Kuressaare_kinnistusamet, lk 8
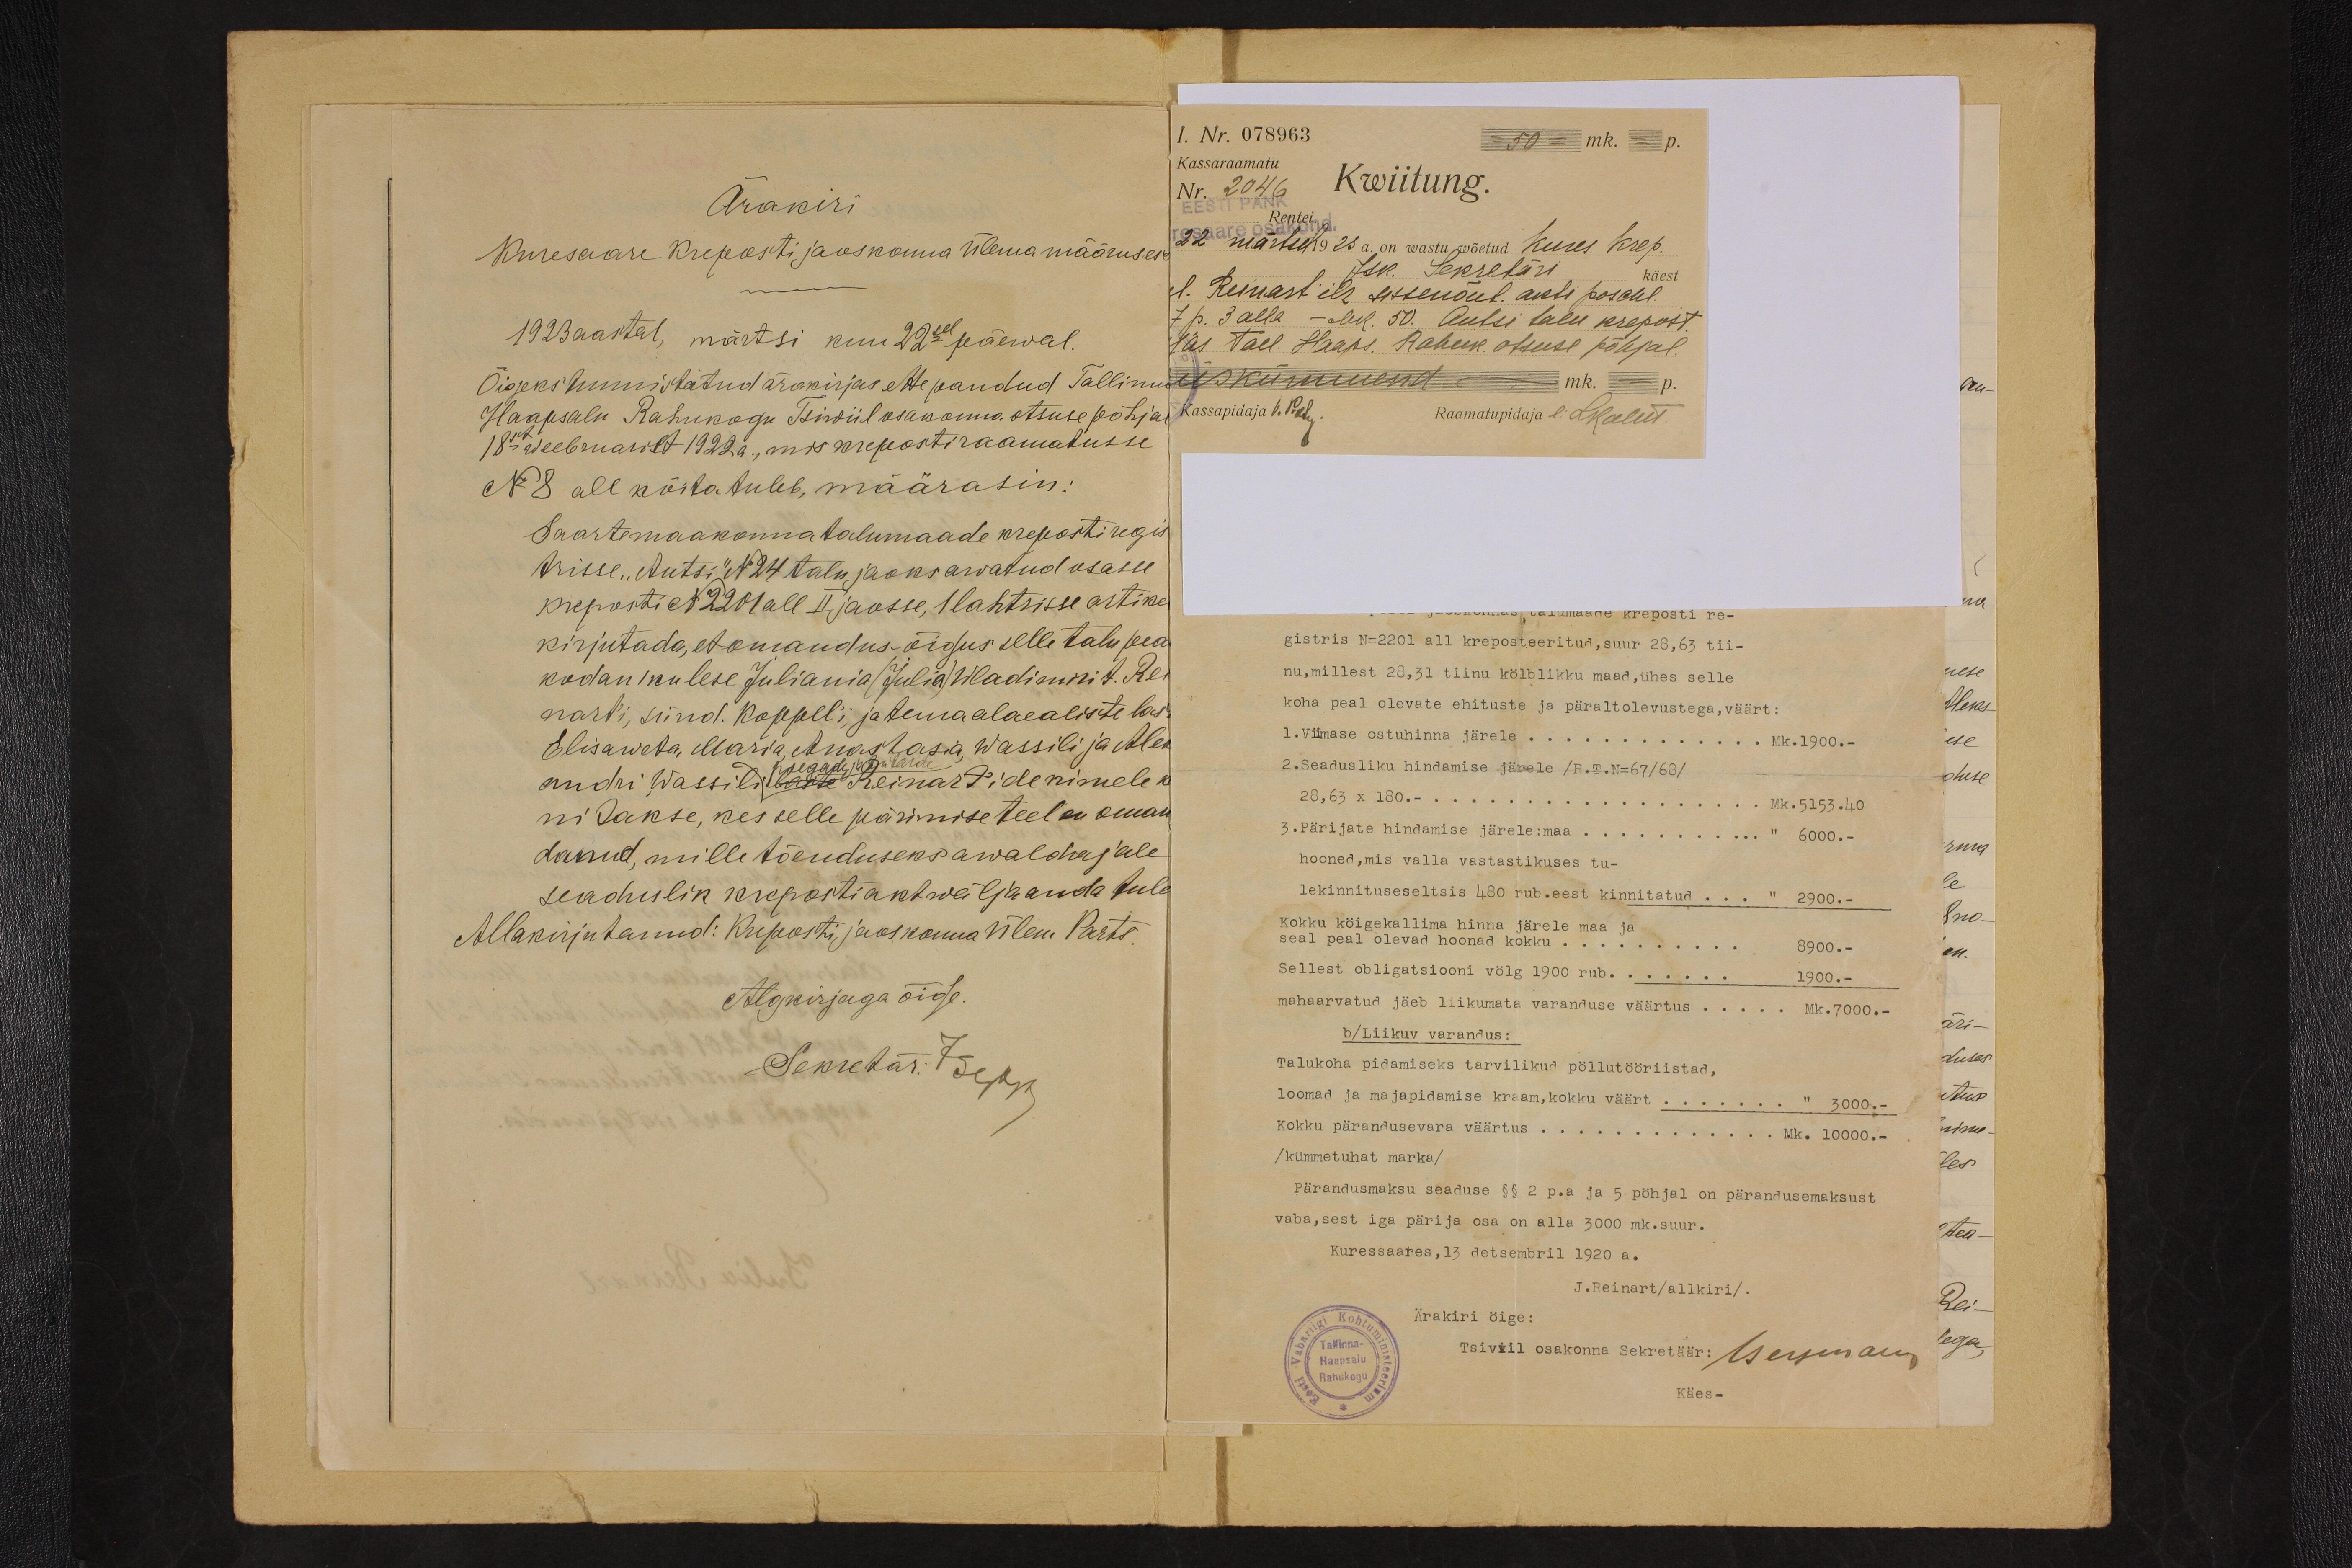
Ärakiri
Kuresaare Kreposti jaoskonna ülema määruses.
1923 aastal, märtsi kuu 22sel päewal.
Õigeks tunnistatud ärakirjas ettepandud Tallinna
Haapsalu Rahukogu Tsiviil osakonna otsuse põhjal
18mal weebruarilt 1922a, mis krepostiraamatusse
N8 all kõita tuleb, määrasin:
Saartemaakonna talumaade kreposti regis
trisse, "Antsi" N 24 talu jaoks arwatud osasse
kreposti N 2201 all II jaosse, 1 lahtrsisse artike
kirjutada, et omandus-õigus selle talu pea
kodaniku lese Juliania (Julia) Wladimiri t. Rei
narti, sünd. Koppel'i, ja tema alaealiste las-
Elisaweta, Maria, Anastasia Wassili ja Alek
andri, Wassili ka Reinartide nimele k
poegade ja tütarde
nidakse, kes selle pärimise teel on oman-
danud, mille tõenduseks awaldajale
seaduslik krepostiakt wäjaanda tule
Allakirjutanud: Kreposti, jaoskonna ülem Parts
Algkirjaga õige.
Sekretär: J Sерр.

I. Nr. 078963
50 mk. - p.
Kassaraamatu
Nr. 2046 Kwiitung.
22 märtsils 1926 a. on wastu wõetud Kures. Krep.
Jsk Sekretäri käest
1. Reinart'ilt sissenõut. akti poschl.
7p. 3 alla - ehk. 50. Antsi talu krepost.
las tall. Haaps. Rahuk. otsuse põhjal.
viiskümmend - mk. - p.
Kassapidaja V. Peele
Raamatupidaja l: Lkalet.
kreposti re-
gistris N-2201 all kreposteeritud, suur 28,63 tii-
nu, millest 28,31 tiinu kölblikku maad, ühes selle
koha peal olevate ehituste ja päraltolevustega, väärt:
1. Viimase ostuhinna järele.... Mk. 1900.-
2. Seadusliku hindamise järele /R.T.N-67/68/
28,63 x 180.................... Mk.5153.40
3. Pärijate hindamise järele:maa........ " 6000.-
hooned, mis valla vastastikuses tu-
lekinnituseltsis 480 rub. eest kinnitatud... " 2900.-
Kokku kõigekallima hinna järele maa ja
seal peal olevad hooned kokku.... 8900.-
Sellest obligatsiooni völg 1900 rub..... 1900.-
mahaarvatud jäeb liikumata varanduse väärtus..... Mk. 7000.-
b/Liikuv varandus:
Talukoha pidamiseks tarvilikud põllutööriistad,
loomad ja majapidamise kraam, kokku väärt.... " 3000.-
Kokku pärandusevara väärtus Mk. 10000.-
/kümmetuhat marka/
Pärandusmaksu seaduse §§ 2 p.a ja 5 pöhjal on pärandusemaksust
vaba, sest iga pärija osa on alla 3000 mk.suur.
Kuressaares, 13 detsembril 1920 a.
J. Reinart/allkiri/.
Ärakiri öige:
tsiviil osakonna Sekretäär: German
Käes -